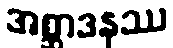
အစ္ဆာဒနဿ